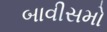
બાવીસમો